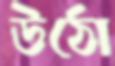
উঠো